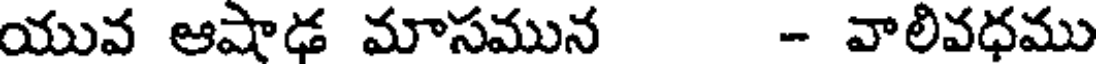
యువ ఆషాఢ మాసమున - వాలివధము